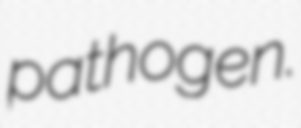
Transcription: pathogen.